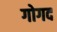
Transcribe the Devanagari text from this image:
गोगद